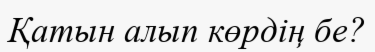
Қатын алып көрдің бе?